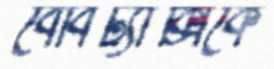
বেবিট্যাক্সিকে